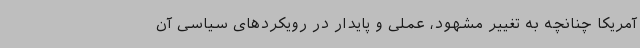
آمریکا چنانچه به تغییر مشهود، عملی و پایدار در رویکردهای سیاسی آن